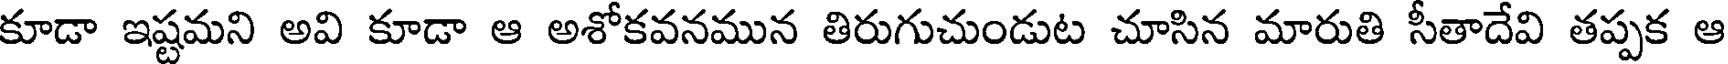
కూడా ఇష్టమని అవి కూడా ఆ అశోకవనమున తిరుగుచుండుట చూసిన మారుతి సీతాదేవి తప్పక ఆ